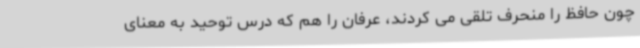
چون حافظ را منحرف تلقی می کردند، عرفان را هم که درس توحید به معنای